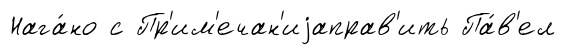
Нага́но с Пр'им'ечан'иjаправ'ить Па́в'ел